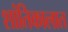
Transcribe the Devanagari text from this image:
शांतिकालात